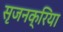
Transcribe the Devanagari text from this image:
सृजनक्रिया